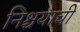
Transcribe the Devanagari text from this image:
निश्चयाची